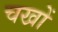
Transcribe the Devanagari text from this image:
चखों